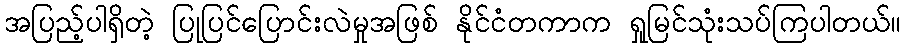
အပြည့်ပါရှိတဲ့ ပြုပြင်ပြောင်းလဲမှုအဖြစ် နိုင်ငံတကာက ရှုမြင်သုံးသပ်ကြပါတယ်။